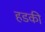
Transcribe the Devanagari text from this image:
हडकी